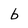
Character: b